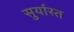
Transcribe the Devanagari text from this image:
सुर्यास्‍त